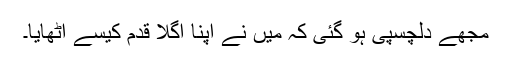
مجھے دلچسپی ہو گئی کہ میں نے اپنا اگلا قدم کیسے اٹھایا۔